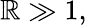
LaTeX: \mathbb{R}\gg1,